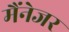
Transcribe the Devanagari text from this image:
मैंनेजर